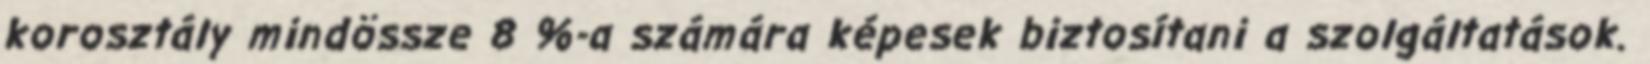
korosztály mindössze 8 %-a számára képesek biztosítani a szolgáltatások.